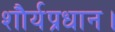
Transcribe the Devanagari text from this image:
शौर्यप्रधान।